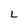
Character: L